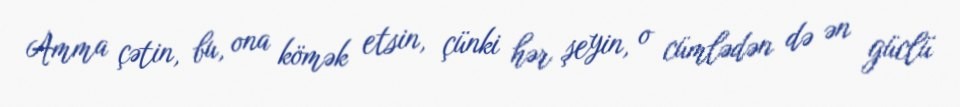
Amma çətin, bu, ona kömək etsin, çünki hər şeyin, o cümlədən də ən güclü